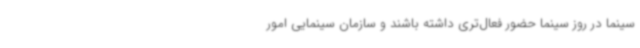
سینما در روز سینما حضور فعال‌تری داشته باشند و سازمان سینمایی امور